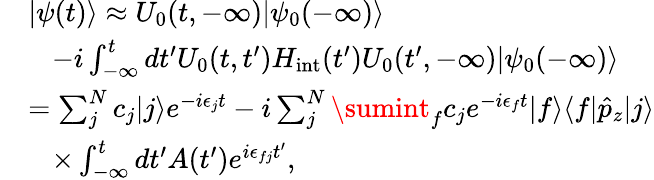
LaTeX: \begin{array}{rl}&{|\psi(t)\rangle\approx U_{0}(t,-\infty)|\psi_{0}(-\infty)\rangle}\\ &{\, \, \, \, \, -i\int_{-\infty}^{t}dt^{\prime}U_{0}(t,t^{\prime})H_{\mathrm{int}}(t^{\prime})U_{0}(t^{\prime},-\infty)|\psi_{0}(-\infty)\rangle}\\ &{=\sum_{j}^{N}c_{j}|j\rangle e^{-i\epsilon_{j}t}-i\sum_{j}^{N}\sumint_{f}c_{j}e^{-i\epsilon_{f}t}|f\rangle\langle f|\hat{p}_{z}|j\rangle}\\ &{\, \, \, \, \, \times\int_{-\infty}^{t}dt^{\prime}A(t^{\prime})e^{i\epsilon_{fj}t^{\prime}},}\end{array}